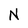
Character: N